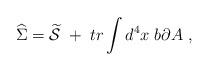
LaTeX: \begin{align*}\widehat{\Sigma }=\widetilde{\mathcal{S}}\;+\;tr\int d^4x\;b\partial A\;,\end{align*}